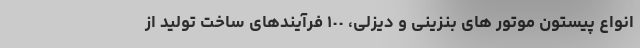
انواع پیستون موتور های بنزینی و دیزلی، ١٠٠ فرآیندهای ساخت تولید از